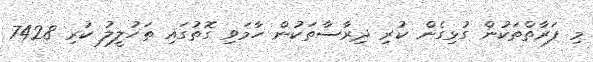
މި ފަރާތްތަކުން ގުޅިގެން ކުރި ދިރާސާތަކުން ހާމަވި ގޮތުގައި ތަހުލީލު ކުރި 7428